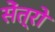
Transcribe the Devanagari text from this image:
सेंत्रो